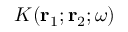
K ( { \bf r } _ { 1 } ; { \bf r } _ { 2 } ; \omega )